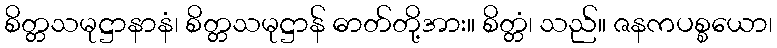
စိတ္တသမုဋ္ဌာနာနံ၊ စိတ္တသမုဋ္ဌာန် ဓာတ်တို့အား။ စိတ္တံ၊ သည်။ ဇနကပစ္စယော၊